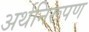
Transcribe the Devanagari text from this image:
अर्थनिरूपण